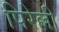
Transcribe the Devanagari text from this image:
पिरेल्ली